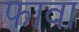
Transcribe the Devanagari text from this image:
फावा